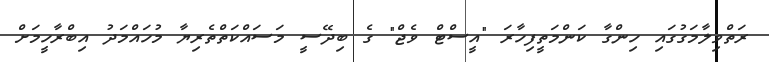
ރަތްވިލާމަގުގައި ހިންގާ ކަންމަތީފިހާރަ "އީސްޓް ވެޖް" ގެ ބިދޭސީ މަސައްކަތްތެރިޔާ މުހައްމަދު އިބްރާހީމަށް